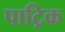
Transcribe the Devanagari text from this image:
पाट्रिक